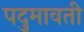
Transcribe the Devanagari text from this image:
पदुमावती